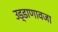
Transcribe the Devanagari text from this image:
उड्डाणावजा